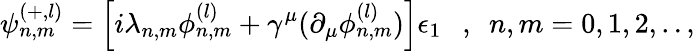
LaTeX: \psi_{n,m}^{(+,l)}=\left[i\lambda_{n,m}\phi_{n,m}^{(l)}+\gamma^{\mu}(\partial_{\mu}\phi_{n,m}^{(l)})\right]\epsilon_{1}~~~,~~n,m=0,1,2,..,